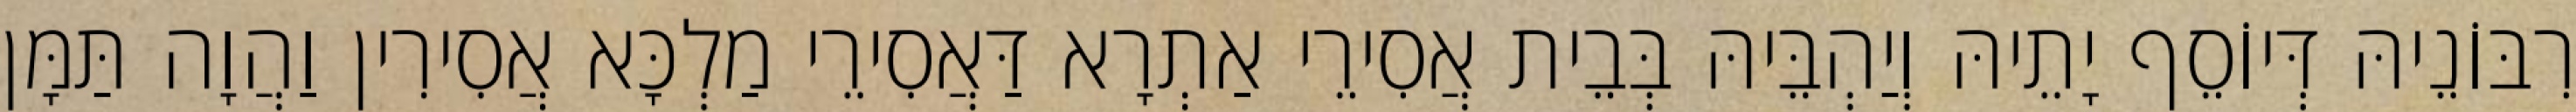
רִבּוֹנֵיהּ דְּיוֹסֵף יָתֵיהּ וְיַהְבֵּיהּ בְּבֵית אֲסִירֵי אַתְרָא דַּאֲסִירֵי מַלְכָּא אֲסִירִין וַהֲוָה תַּמָּן